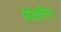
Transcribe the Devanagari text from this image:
मोंडलिंग